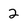
Character: 2